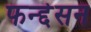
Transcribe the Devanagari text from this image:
फन्द्देसन